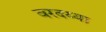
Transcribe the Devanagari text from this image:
वरदय्या